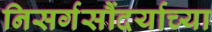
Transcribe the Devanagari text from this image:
निसर्गसौंदर्याच्या